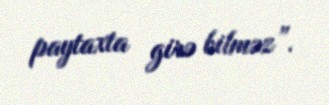
paytaxta girə bilməz”.